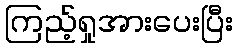
ကြည့်ရှုအားပေးပြီး